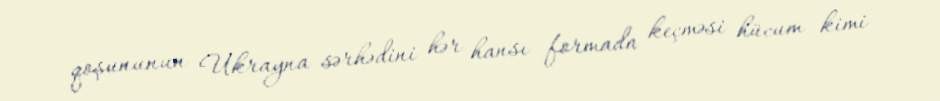
qoşununun Ukrayna sərhədini hər hansı formada keçməsi hücum kimi